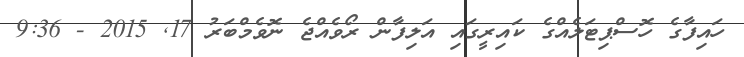
ހައިފާގެ ހޮސްޕިޓަލެއްގެ ކައިރީގައި އަލިފާން ރޯވެއްޖެ ނޮވެމްބަރު 17